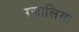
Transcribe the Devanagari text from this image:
ग़्जालिया